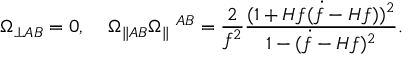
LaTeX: \Omega _ { \perp A B } = 0 , \; \; \; \; \Omega _ { \parallel A B } \Omega _ { \parallel } \; ^ { A B } = \frac { 2 } { f ^ { 2 } } \frac { ( 1 + H f ( \dot { f } - H f ) ) ^ { 2 } } { 1 - ( \dot { f } - H f ) ^ { 2 } } .